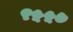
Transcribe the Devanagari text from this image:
९५५७